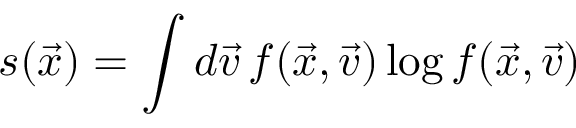
s ( \vec { x } ) = \int d \vec { v } \, f ( \vec { x } , \vec { v } ) \log f ( \vec { x } , \vec { v } )